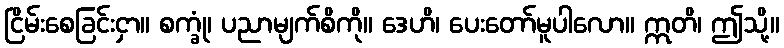
ငြိမ်းစေခြင်းငှာ။ စက္ခုံ၊ ပညာမျက်စိကို။ ဒေဟိ၊ ပေးတော်မူပါလော။ ဣတိ၊ ဤသို့။